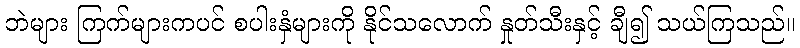
ဘဲများ ကြက်များကပင် စပါးနှံများကို နိုင်သလောက် နှုတ်သီးနှင့် ချီ၍ သယ်ကြသည်။